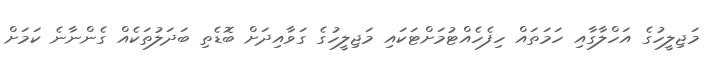
މަޖިލީހުގެ އަހްލާގާއި ހަމަތައް ހިފެހެއްޓުމަށްޓަކައި މަޖިލީހުގެ ގަވާއިދަށް ބޮޑެތި ބަދަލުތަކެއް ގެންނާނެ ކަމަށް